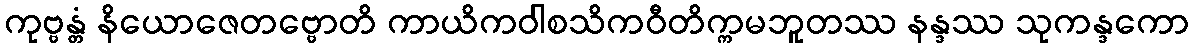
ကုဗ္ဗန္တံ နိယောဇေတဗ္ဗောတိ ကာယိကဝါစသိကဝီတိက္ကမဘူတဿ နန္ဒဿ သုကန္ဒကော